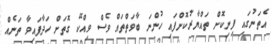
އެތަނުގައި ފިނިކޮށް ތައްޔާރުކޮށްފައި ހުންނަ ބާވަތްތައް ވެސް ވިއްކޭ ގޮތަށް ހަދާފައިވާ ތަނެއް